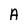
Character: A